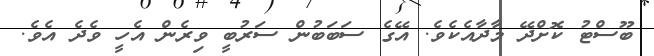
ބޫސްޓު ކޮށްދޭ މާދާއެކެވެ. އޭގެ ސަބަބުން ސަރުބީ ވިރެން އެހީ ވެދެ އެވެ.